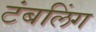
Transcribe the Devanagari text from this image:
टंबलिंग